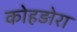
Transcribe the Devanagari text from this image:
कोहड़ोरा